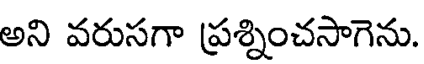
అని వరుసగా ప్రశ్నించసాగెను.